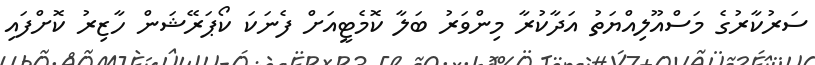
ސަރުކާރުގެ މަސްއޫލިއްޔަތު އަދާކުރާ މިންވަރު ބަލާ ކޮމެޓީއަށް ފެނަކަ ކޯޕަރޭޝަން ހާޒިރު ކޮށްފައި